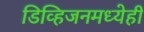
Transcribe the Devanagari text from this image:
डिव्हिजनमध्येही